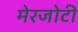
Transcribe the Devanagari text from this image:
मेरजोटी